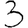
Digit: 3